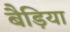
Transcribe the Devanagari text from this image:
बैड़िया